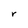
Character: r